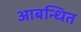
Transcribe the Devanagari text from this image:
आबन्धित